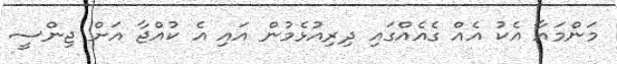
މަންމައާ އެކު އެއް ގެއެއްގައި ދިރިއުޅެމުން އައި އެ ކުއްޖާ އަށް ޖިންސީ